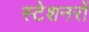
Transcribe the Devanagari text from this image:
स्टेशनरों